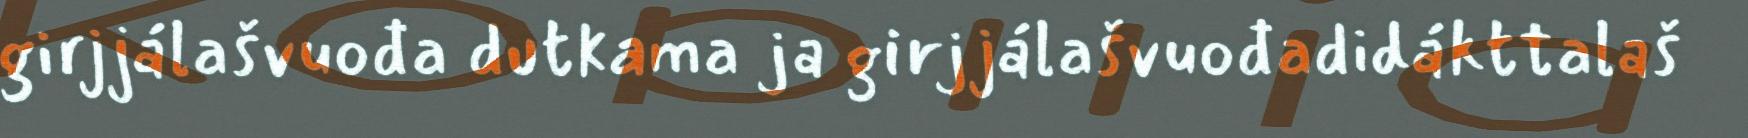
girjjálašvuođa dutkama ja girjjálašvuođadidákttalaš